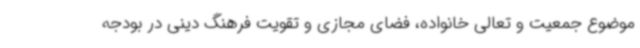
موضوع جمعیت و تعالی خانواده، فضای مجازی و تقویت فرهنگ دینی در بودجه